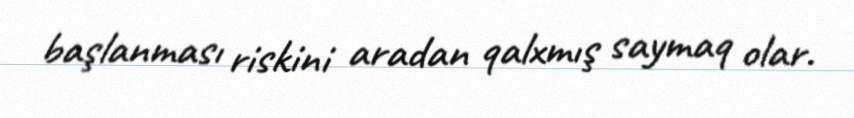
başlanması riskini aradan qalxmış saymaq olar.